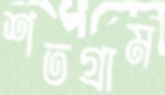
শতগ্রাম